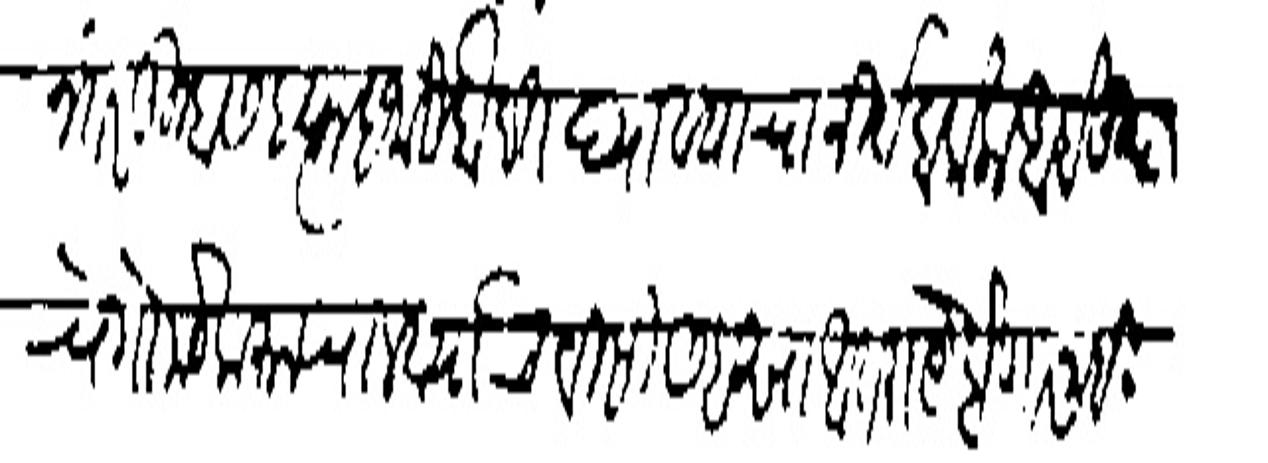
Transliteration (Devanagari): नंतर तुम्हांस हत्फहजारी दौलत यावयाचा निर्वाहा फेला आहे तुम
थे गोमटे करन चालवायाचेबिसी सहसा आतराये होणार नाही